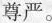
尊严。